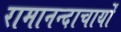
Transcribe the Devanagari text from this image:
रामानन्दाचार्यों